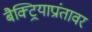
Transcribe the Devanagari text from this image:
बैक्ट्रियाप्रांतावर